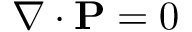
\nabla \cdot \mathbf { P } = 0